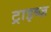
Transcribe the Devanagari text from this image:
ट्राइब्ज़